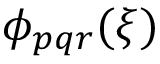
\phi _ { p q r } ( \xi )